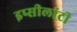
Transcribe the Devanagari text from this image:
इप्सीलांटी